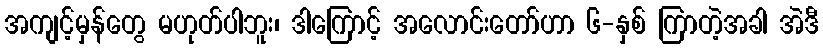
အကျင့်မှန်တွေ မဟုတ်ပါဘူး၊ ဒါကြောင့် အလောင်းတော်ဟာ ၆-နှစ် ကြာတဲ့အခါ အဲဒီ